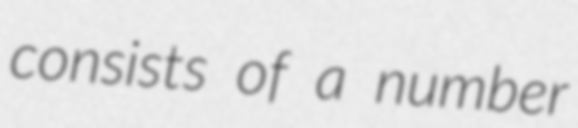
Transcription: consists of a number